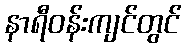
နာရီဝန်းကျင်တွင်